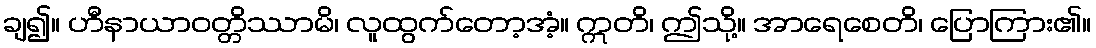
ချ၍။ ဟီနာယာဝတ္တိဿာမိ၊ လူထွက်တော့အံ့။ ဣတိ၊ ဤသို့။ အာရေစေတိ၊ ပြောကြား၏။